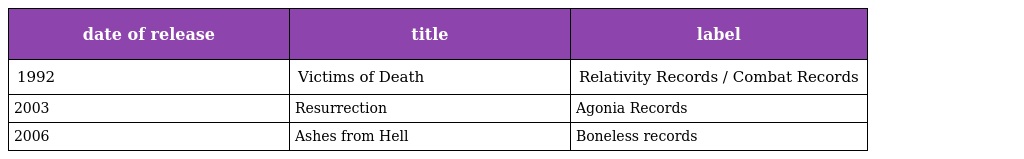
| date of release | title | label |
 | --- | --- | --- |
 | 1992 | Victims of Death | Relativity Records / Combat Records |
 | 2003 | Resurrection | Agonia Records |
 | 2006 | Ashes from Hell | Boneless records |